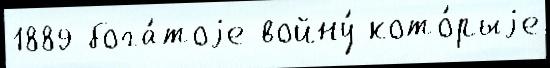
1889 бога́тоjе войну́ кото́рыjе